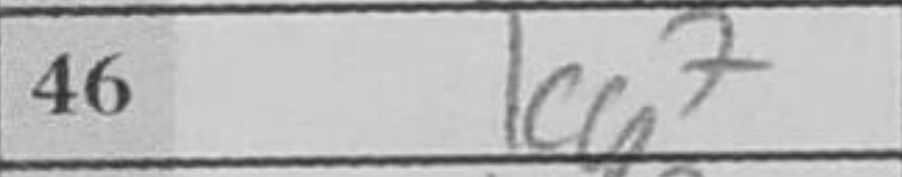
Transcription: Kg7